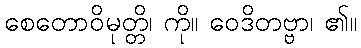
စေတောဝိမုတ္တိ၊ ကို။ ဝေဒိတဗ္ဗာ၊ ၏။